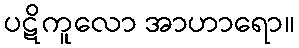
ပဋိကူလော အာဟာရော။